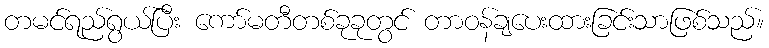
တမင်ရည်ရွယ်ပြီး ကော်မတီတစ်ခုခုတွင် တာဝန်ချပေးထားခြင်းသာဖြစ်သည်။